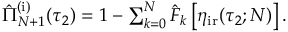
\begin{array} { r } { \hat { \Pi } _ { N + 1 } ^ { \mathrm { ( i ) } } ( \tau _ { 2 } ) = 1 - \sum _ { k = 0 } ^ { N } \hat { F } _ { k } \left[ \eta _ { \mathrm { i r } } ( \tau _ { 2 } ; N ) \right] . } \end{array}